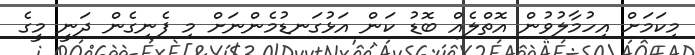
މިކަމަށް އިހުމާލުވުން އޮތްލެއް ބޮޑު ކަން އަޅުގަނޑުމެންނަށް މި ފެނިގެން ދަނީ މީގެ